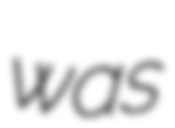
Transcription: was